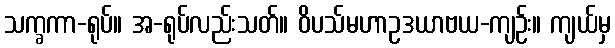
သက္ခကာ-ရုပ်။ အ-ရုပ်လည်းသတ်။ ဝိပသ်မဟာဥဒယာဗယ-ကျဉ်း။ ကျယ်မှ